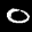
Label: 0